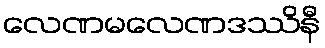
လေဏမလေဏဒဿိနီ